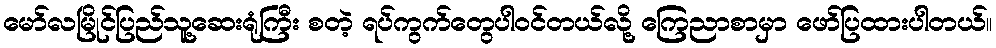
မော်လမြိုင်ပြည်သူ့ဆေးရုံကြီး စတဲ့ ရပ်ကွက်တွေပါဝင်တယ်လို့ ကြေညာစာမှာ ဖော်ပြထားပါတယ်။